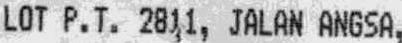
LOP P.T. 2811, JALAN ANGSA,